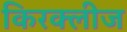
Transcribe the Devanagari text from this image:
किरक्लीज